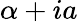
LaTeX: \alpha+ia